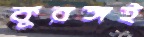
কুরঙ্গই